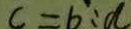
c = b : d